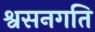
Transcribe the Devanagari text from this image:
श्वसनगति